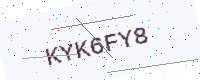
Text: KYK6FY8